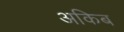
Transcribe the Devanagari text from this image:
अकिब